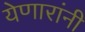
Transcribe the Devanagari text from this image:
येणारांनी